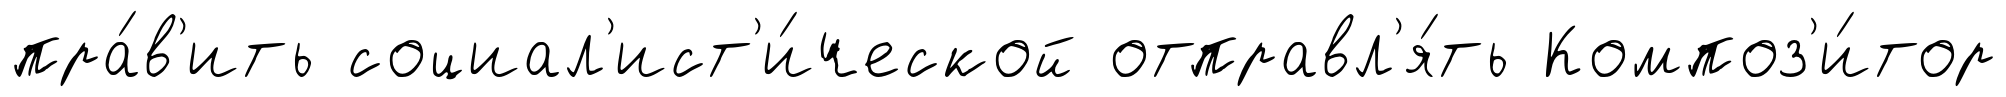
пра́в'ить социал'ист'и́ческой отправл'я́ть Композ'и́тор